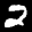
Label: 2